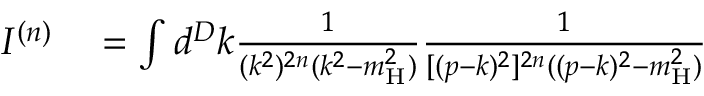
\begin{array} { r l } { I ^ { ( n ) } } & { { } = \int d ^ { D } k \frac { 1 } { ( k ^ { 2 } ) ^ { 2 n } ( k ^ { 2 } - m _ { \mathrm { H } } ^ { 2 } ) } \frac { 1 } { [ ( p - k ) ^ { 2 } ] ^ { 2 n } ( ( p - k ) ^ { 2 } - m _ { \mathrm { H } } ^ { 2 } ) } } \end{array}